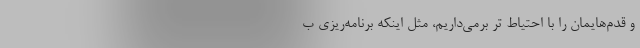
و قدم‌هایمان را با احتیاط ‌تر برمی‌داریم، مثل اینکه برنامه‌ریزی ب